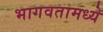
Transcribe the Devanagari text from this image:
भागवतामध्ये